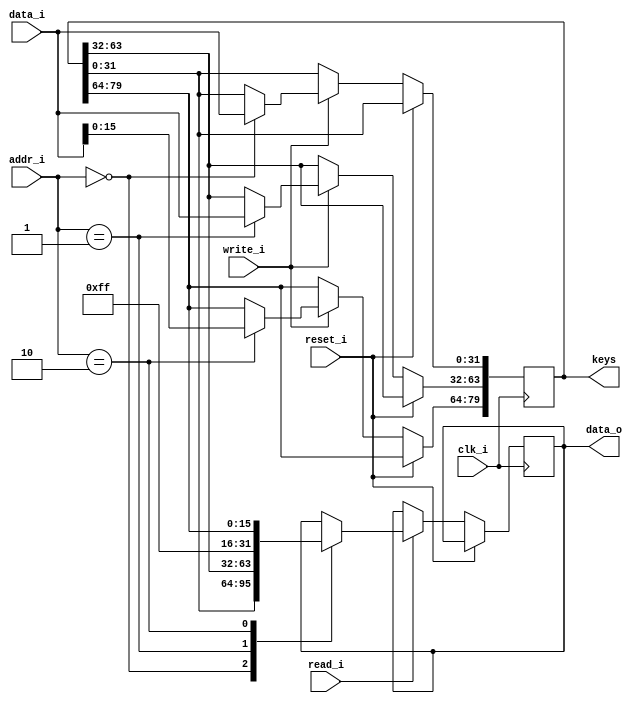
module mmio ( 
	input clk_i,
	input reset_i,
	input [5:0] addr_i,	// 32-bit addresses, so only 6 bits needed to span 256 bytes of mem
	input write_i,
	input read_i,
	input [31:0] data_i,
	output reg [31:0] data_o,
	output [79:0] keys
	);

	// Wire definitions ===========================================================================
	
	// Registers ==================================================================================
	reg [79:0] keys_r = 80'hffffffffffffffff;

	// Assignments ================================================================================
	assign keys = keys_r;
	
	// Module connections =========================================================================
	
	// Simulation branches and control ============================================================
	
	// Other logic ================================================================================
	
	always @(negedge clk_i)
	if( !reset_i ) begin
		if( write_i ) begin
			case(addr_i)
				0:	keys_r[31:0] <= data_i;
				1:	keys_r[63:32] <= data_i;
				2:	keys_r[79:64] <= data_i[15:0];
			endcase
		end
		if( read_i ) begin
			case(addr_i)
				0:	data_o <= keys_r[31:0];
				1:	data_o <= keys_r[63:32];
				2:	data_o <= {16'hff,keys_r[79:64]};
			endcase
		end
	end
endmodule